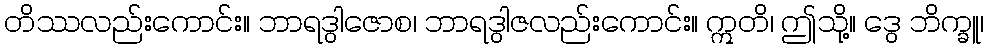
တိဿလည်းကောင်း။ ဘာရဒွါဇောစ၊ ဘာရဒွါဇလည်းကောင်း။ ဣတိ၊ ဤသို့။ ဒွေ ဘိက္ခူ၊